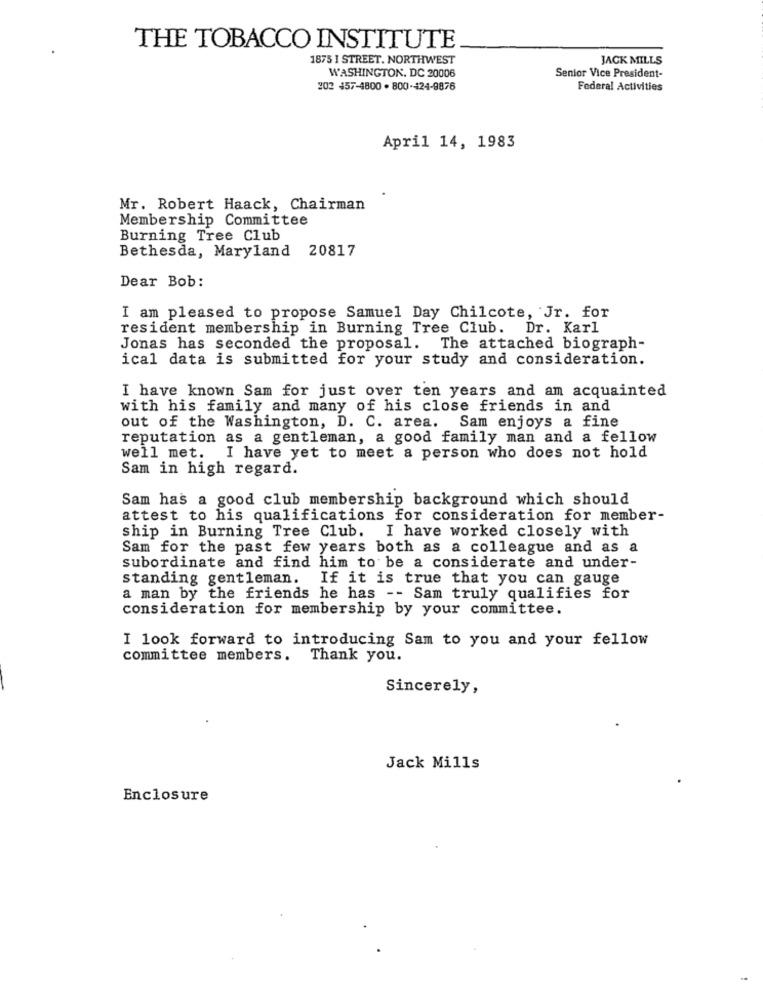
THE TOBACCO INSTITUTE
1875 I STREET. NORTHWEST
JACK MILLS
WASHINGTON, DC 20006
Senior Vice President-
202 457-4800 . 800-424-9876
Federal Activities
April 14, 1983
Mr. Robert Haack, Chairman
Membership Committee
Burning Tree Club
Bethesda, Maryland 20817
Dear Bob:
I am pleased to propose Samuel Day Chilcote, Jr. for
resident membership in Burning Tree Club. Dr. Karl
Jonas has seconded the proposal. The attached biograph-
ical data is submitted for your study and consideration.
I have known Sam for just over ten years and am acquainted
with his family and many of his close friends in and
out of the Washington, D. C. area. Sam enjoys a fine
reputation as a gentleman, a good family man and a fellow
well met. I have yet to meet a person who does not hold
Sam in high regard.
Sam has a good club membership background which should
attest to his qualifications for consideration for member-
ship in Burning Tree Club. I have worked closely with
Sam for the past few years both as a colleague and as a
subordinate and find him to be a considerate and under-
standing gentleman.
If it is true that you can gauge
a man by the friends he has -- Sam truly qualifies for
consideration for membership by your committee.
I look forward to introducing Sam to you and your fellow
committee members. Thank you.
Sincerely,
Jack Mills
Enclosure